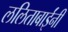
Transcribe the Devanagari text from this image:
ललिताबाईंनी